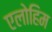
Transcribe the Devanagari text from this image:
एलोहिम